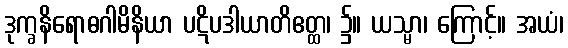
ဒုက္ခနိရောဓဂါမိနိယာ ပဋိပဒါယာတိဧတ္ထ၊ ၌။ ယသ္မာ၊ ကြောင့်။ အယံ၊